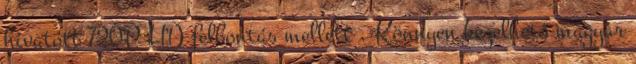
hivatott 720P HD felbontás mellett . Könnyen kezelhető magyar